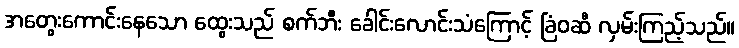
အတွေးကောင်းနေသော ထွေးသည် စက်ဘီး ခေါင်းလောင်းသံကြောင့် ခြံဝဆီ လှမ်းကြည့်သည်။